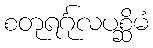
စတုရင်္ဂုလပစ္ဆိမံ